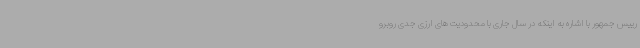
رییس جمهور با اشاره به اینکه در سال جاری با محدودیت های ارزی جدی روبرو